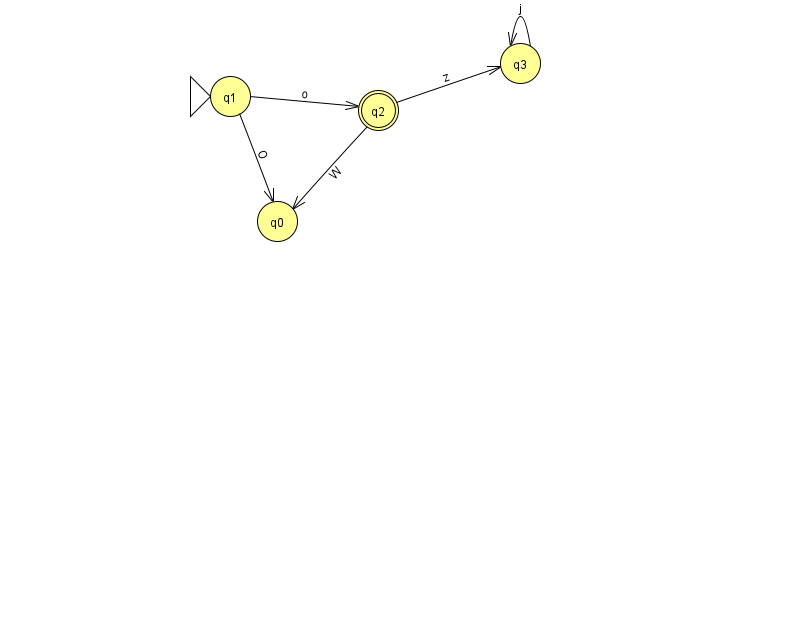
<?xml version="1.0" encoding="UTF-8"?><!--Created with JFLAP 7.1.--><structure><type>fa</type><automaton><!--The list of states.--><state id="0" name="q0"><x>277.0</x><y>208.0</y></state><state id="1" name="q1"><x>230.0</x><y>83.0</y><initial/></state><state id="2" name="q2"><x>378.0</x><y>97.0</y><final/></state><state id="3" name="q3"><x>520.0</x><y>50.0</y></state><!--The list of transitions.--><transition><from>2</from><to>3</to><read>z</read></transition><transition><from>1</from><to>2</to><read>o</read></transition><transition><from>2</from><to>0</to><read>W</read></transition><transition><from>1</from><to>0</to><read>O</read></transition><transition><from>3</from><to>3</to><read>j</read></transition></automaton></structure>